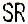
SR